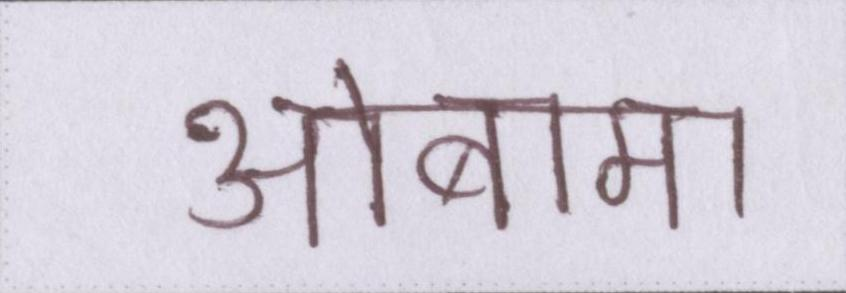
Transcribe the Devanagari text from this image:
ओबामा